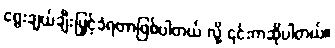
ရွေးချယ်ချီးမြှင့်ခံရတာဖြစ်ပါတယ် လို့ ၎င်းကဆိုပါတယ်။